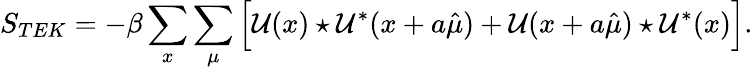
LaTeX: S_{TEK}=-\beta\sum_{x}\sum_{\mu}\Big[\mathcal{U}(x)\star\mathcal{U}^{*}(x+a\hat{\mu})+\mathcal{U}(x+a\hat{\mu})\star\mathcal{U}^{*}(x)\Big].